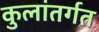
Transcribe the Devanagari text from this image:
कुलांतर्गत